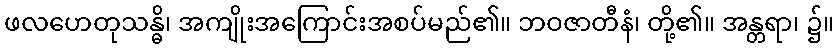
ဖလဟေတုသန္ဓိ၊ အကျိုးအကြောင်းအစပ်မည်၏။ ဘဝဇာတီနံ၊ တို့၏။ အန္တရာ၊ ၌။